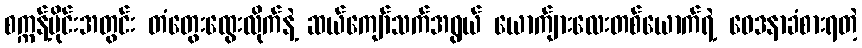
စက္ကန့်ပိုင်းအတွင်း တံတွေးထွေးလိုက်နဲ့ ဆယ်ကျော်သက်အရွယ် ယောက်ျားလေးတစ်ယောက်ရဲ့ ဝေဒနာခံစားရတဲ့